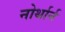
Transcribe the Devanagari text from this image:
नोर्थार्न